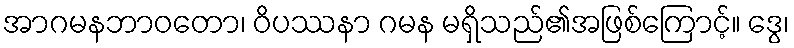
အာဂမနဘာဝတော၊ ဝိပဿနာ ဂမန မရှိသည်၏အဖြစ်ကြောင့်။ ဒွေ၊